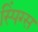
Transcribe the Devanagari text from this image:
स्पिंग्स